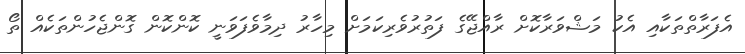
އެފަރާތްތަކާއި އެކު މަޝްވަރާކޮށް ރާއްޖޭގެ ފަތުރުވެރިކަމަށް މިހާރު ދިމާވެފަވަނީ ކޮންކޮން ގޮންޖެހުންތަކެއް ތޯ